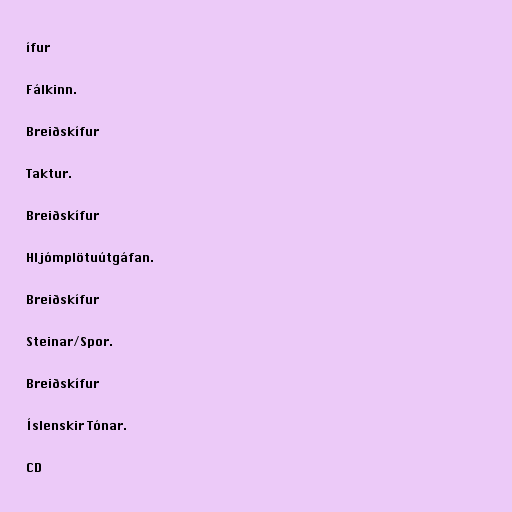
ífur

Fálkinn.

Breiðskífur

Taktur.

Breiðskífur

Hljómplötuútgáfan.

Breiðskífur

Steinar/Spor.

Breiðskífur

Íslenskir Tónar.

CD